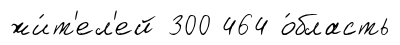
жи́т'ел'ей 300 464 о́бласть